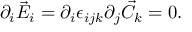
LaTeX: \partial _ { i } \vec { E } _ { i } = \partial _ { i } \epsilon _ { i j k } \partial _ { j } \vec { C } _ { k } = 0 .